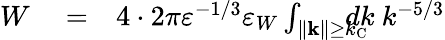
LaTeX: \begin{array}{rlr}{W}&{{}=}&{4\cdot 2\pi\varepsilon^{-1/3}\varepsilon_{W}\int_{\| {\mathbf{k}}\| \ge k_{\mathrm{{C}}}}\! \! \! \! \! \! dk\ k^{-5/3}}\end{array}